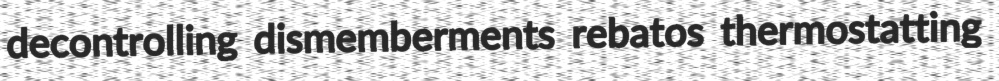
decontrolling dismemberments rebatos thermostatting